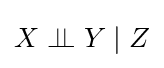
X\perp \!\!\!\perp Y\mid Z